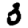
Digit: 3